Vaccination United Provinces of Agra and Oudh 1914-1922 - 1914-1922
Year: 1914
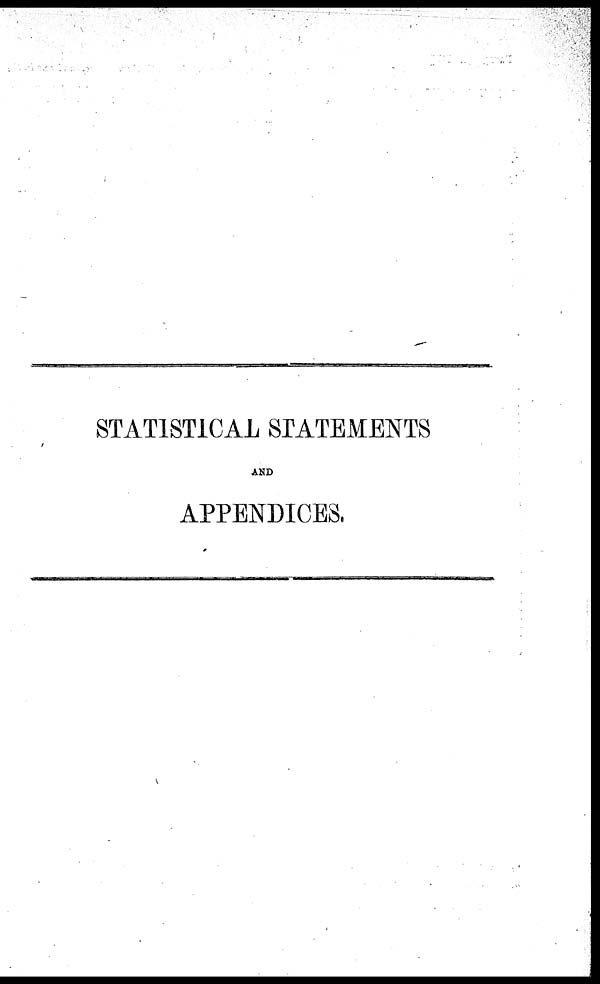
STATISTICAL STATEMENTS
AND
APPENDICES.